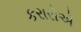
કરારોએ